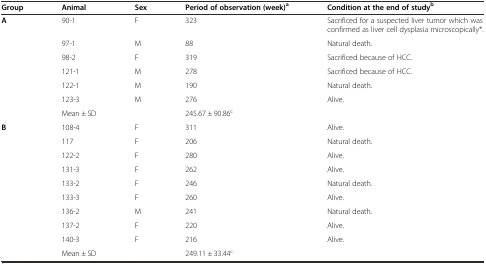
<table><thead><tr><td><b>Group</b></td><td><b>Animal</b></td><td><b>Sex</b></td><td><b>Period of observation (week)<sup>a</sup></b></td><td><b>Condition at the end of study<sup>b</sup></b></td></tr></thead><tbody><tr><td><b>A</b></td><td>90-1</td><td>F</td><td>323</td><td>Sacrificed for a suspected liver tumor which was confirmed as liver cell dysplasia microscopically*.</td></tr><tr><td></td><td>97-1</td><td>M</td><td>88</td><td>Natural death.</td></tr><tr><td></td><td>98-2</td><td>F</td><td>319</td><td>Sacrificed because of HCC.</td></tr><tr><td></td><td>121-1</td><td>M</td><td>278</td><td>Sacrificed because of HCC.</td></tr><tr><td></td><td>122-1</td><td>M</td><td>190</td><td>Natural death.</td></tr><tr><td></td><td>123-3</td><td>M</td><td>276</td><td>Alive.</td></tr><tr><td></td><td>Mean ± SD</td><td></td><td>245.67 ± 90.86<sup>c</sup></td><td></td></tr><tr><td><b>B</b></td><td>108-4</td><td>F</td><td>311</td><td>Alive.</td></tr><tr><td></td><td>117</td><td>F</td><td>206</td><td>Natural death.</td></tr><tr><td></td><td>122-2</td><td>F</td><td>280</td><td>Alive.</td></tr><tr><td></td><td>131-3</td><td>F</td><td>262</td><td>Alive.</td></tr><tr><td></td><td>133-2</td><td>F</td><td>246</td><td>Natural death.</td></tr><tr><td></td><td>133-3</td><td>F</td><td>260</td><td>Alive.</td></tr><tr><td></td><td>136-2</td><td>M</td><td>241</td><td>Natural death.</td></tr><tr><td></td><td>137-2</td><td>F</td><td>220</td><td>Alive.</td></tr><tr><td></td><td>140-3</td><td>F</td><td>216</td><td>Alive.</td></tr><tr><td></td><td>Mean ± SD</td><td></td><td>249.11 ± 33.44<sup>c</sup></td><td></td></tr></tbody></table>